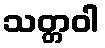
သတ္တဝါ